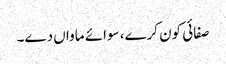
صفائی کون کرے، سوائے ماواں دے۔